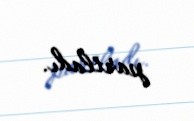
partladı.